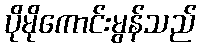
ပိုမိုကောင်းမွန်သည်